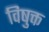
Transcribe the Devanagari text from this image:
विषुक्त